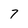
Character: 7